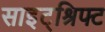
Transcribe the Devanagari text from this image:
साइट्श्रिफ्ट